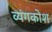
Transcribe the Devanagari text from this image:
व्यंगकोश